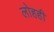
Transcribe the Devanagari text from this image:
लोहही